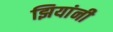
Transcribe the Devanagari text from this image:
झियांनी